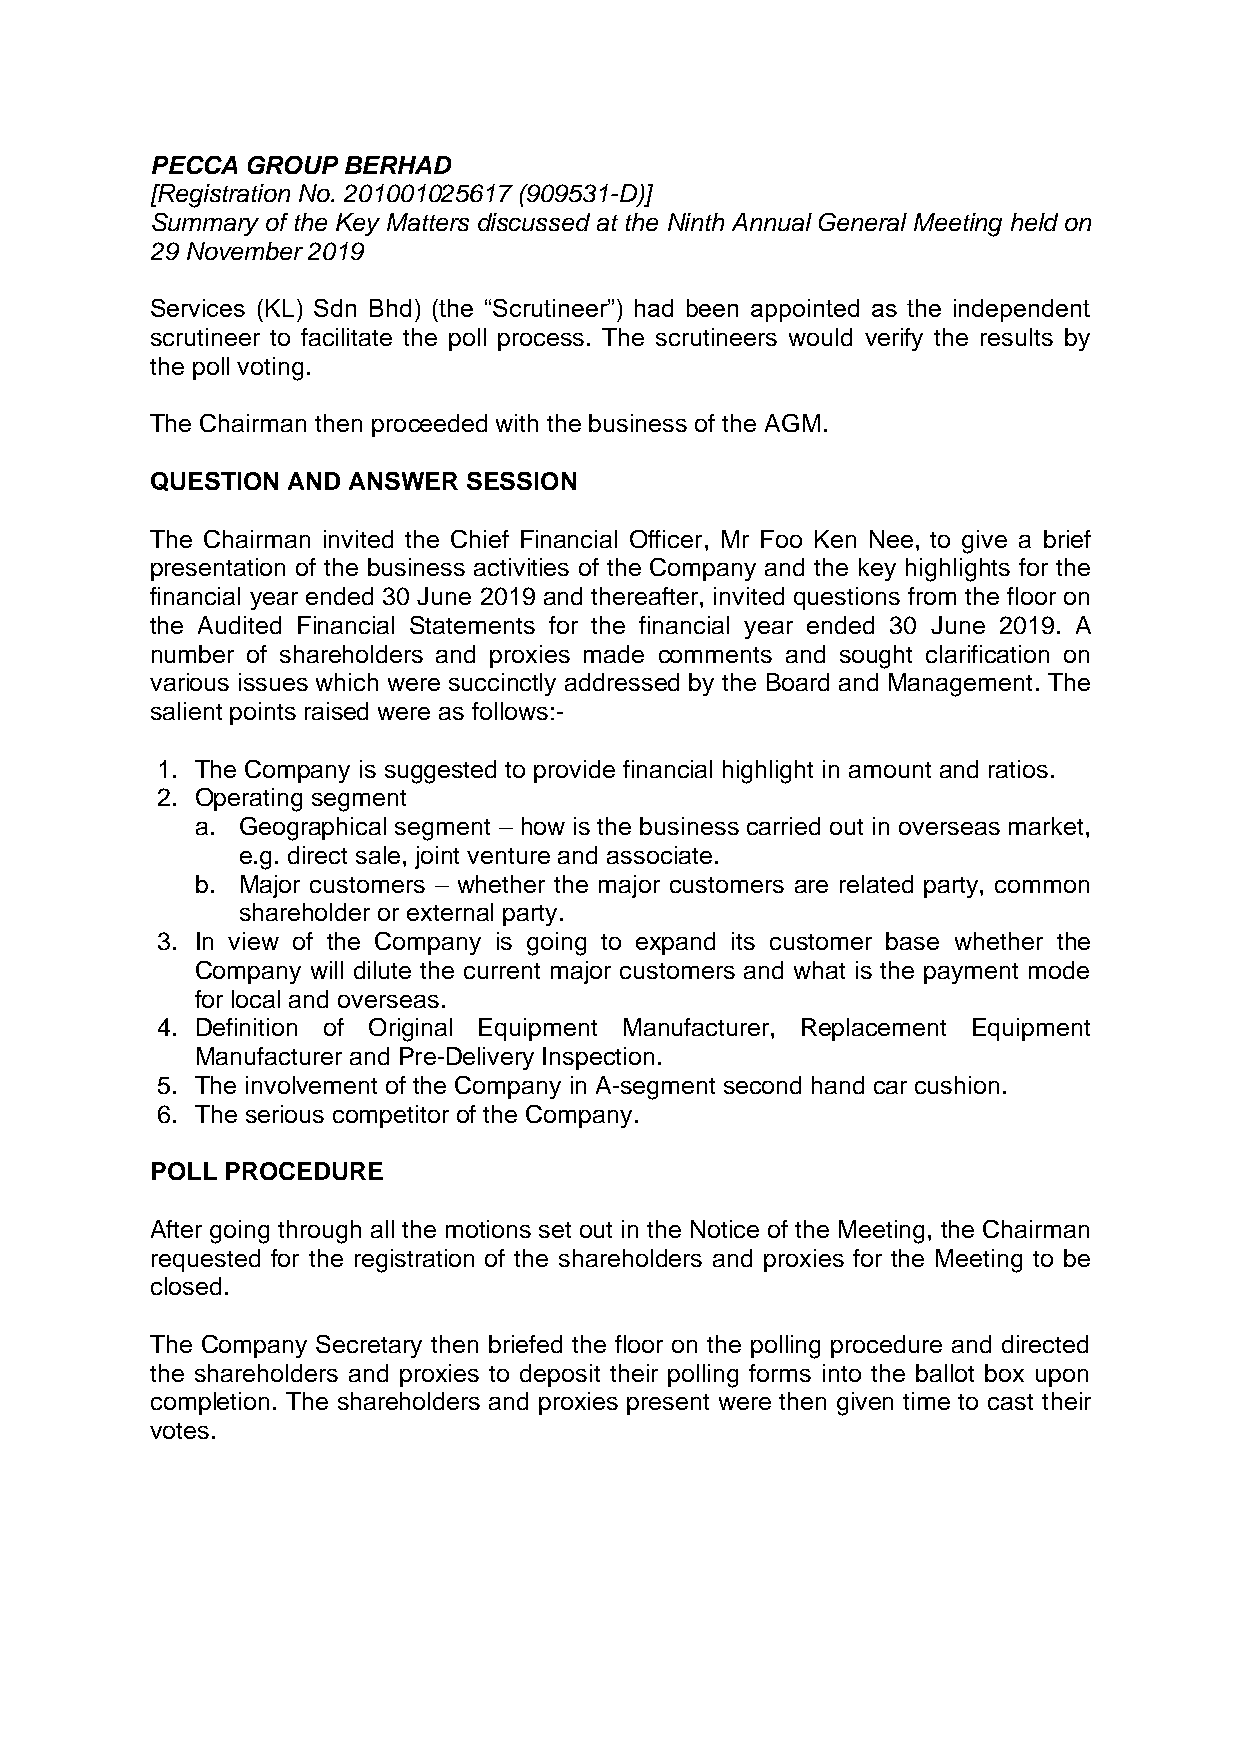
PECCA GROUP  BERHAD
 [Registration No. 201001025617 (909531-D)]
 Summary of the Key Matters discussed at the Ninth Annual General Meeting held on
 29 November 2019
 Services (KL) Sdn Bhd) (the “Scrutineer”) had been appointed as the independent
 scrutineer to facilitate the poll process. The scrutineers would verify the results by
 the poll voting.
 The Chairman then proceeded with the business of the AGM.
 QUESTION AND ANSWER  SESSION
 The Chairman invited the Chief Financial Officer, Mr Foo Ken Nee, to give a brief
 presentation of the business activities of the Company and the key highlights for the
 financial year ended 30 June 2019 and thereafter, invited questions from the floor on
 the Audited Financial Statements for the financial year ended 30 June 2019. A
 number of shareholders and proxies made comments and sought clarification on
 various issues which were succinctly addressed by the Board and Management. The
 salient points raised were as follows:-
 1. The Company is suggested to provide financial highlight in amount and ratios.
 2. Operating segment
 a. Geographical segment – how is the business carried out in overseas market,
 e.g. direct sale, joint venture and associate.
 b. Major customers – whether the major customers are related party, common
 shareholder or external party.
 3. In view of the Company is going to expand its customer base whether the
 Company will dilute the current major customers and what is the payment mode
 for local and overseas.
 4. Definition of Original Equipment Manufacturer, Replacement Equipment
 Manufacturer and Pre-Delivery Inspection.
 5. The involvement of the Company in A-segment second hand car cushion.
 6. The serious competitor of the Company.
 POLL PROCEDURE
 After going through all the motions set out in the Notice of the Meeting, the Chairman
 requested for the registration of the shareholders and proxies for the Meeting to be
 closed.
 The Company Secretary then briefed the floor on the polling procedure and directed
 the shareholders and proxies to deposit their polling forms into the ballot box upon
 completion. The shareholders and proxies present were then given time to cast their
 votes.